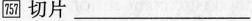
\boxed{757} 切片 ___